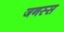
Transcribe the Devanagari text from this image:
जनस्स